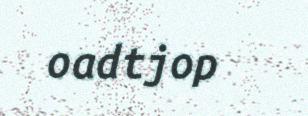
oadtjop